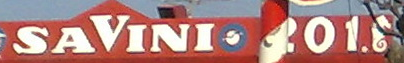
SAVINI.201.1